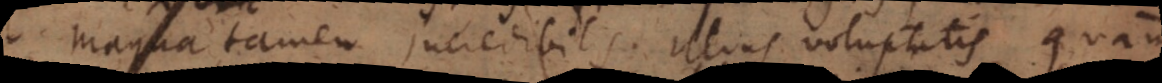
magna tamen incredibilis illius voluptatis quam